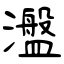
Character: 瀊